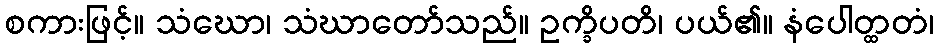
စကားဖြင့်။ သံဃော၊ သံဃာတော်သည်။ ဥက္ခိပတိ၊ ပယ်၏။ နံပေါတ္ထတံ၊